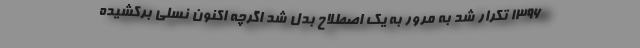
1396 تکرار شد به مرور به یک اصطلاح بدل شد اگرچه اکنون نسلی برکشیده